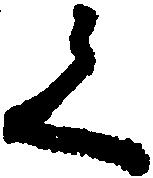
く